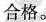
合格。